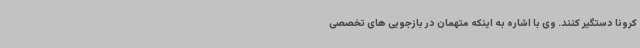
کرونا دستگیر کنند. وی با اشاره به اینکه متهمان در بازجویی های تخصصی